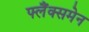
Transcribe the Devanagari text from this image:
फ्लैंक्समेन